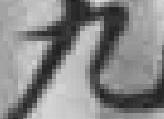
九